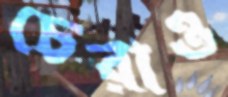
চেরাও